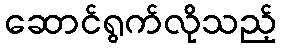
ဆောင်ရွက်လိုသည့်